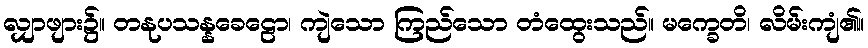
လျှာဖျား၌။ တနုပသန္နခေဠော၊ ကျဲသော ကြည်သော တံထွေးသည်။ မက္ခေတိ၊ လိမ်းကျံ၏။